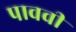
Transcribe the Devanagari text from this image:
पाववी